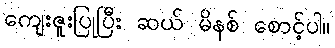
ကျေးဇူးပြုပြီး ဆယ် မိနစ် စောင့်ပါ။